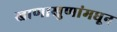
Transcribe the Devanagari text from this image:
खाणाखुणांमधून